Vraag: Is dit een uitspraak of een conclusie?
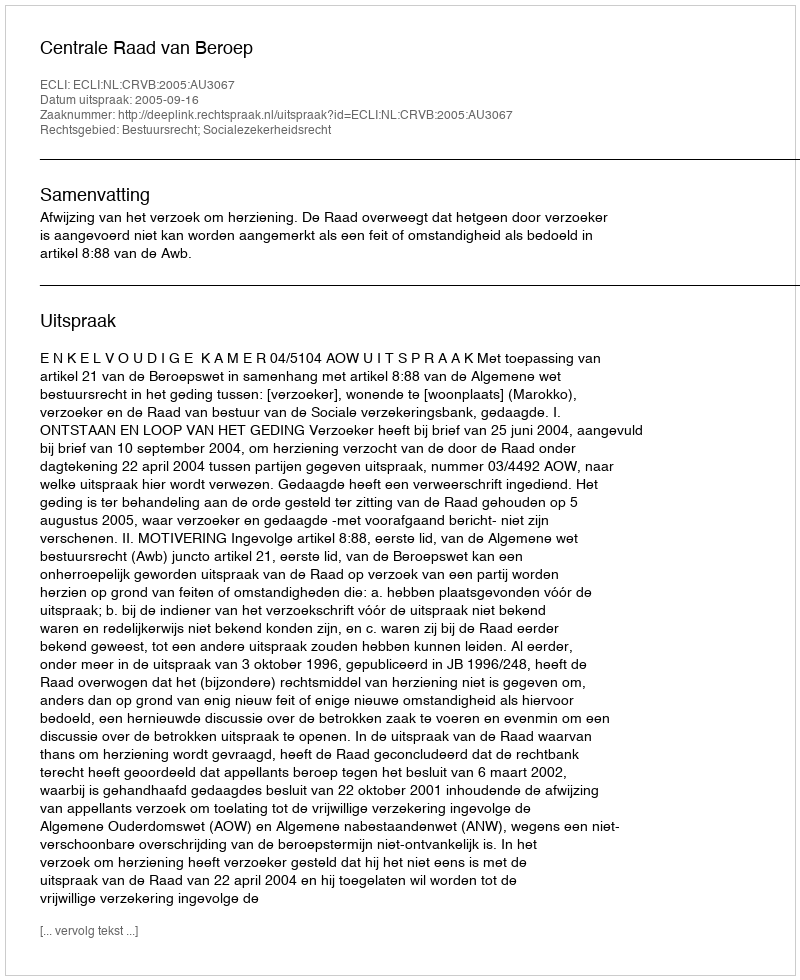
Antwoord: Uitspraak